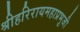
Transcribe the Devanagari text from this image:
श्रीहरिरायमहाप्रभुजी